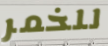
للخمر